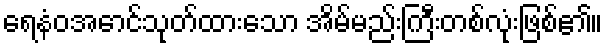
ရေနံဝအောင်သုတ်ထားသော အိမ်မည်းကြီးတစ်လုံးဖြစ်၏။